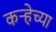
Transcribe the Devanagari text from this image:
कऱ्हेच्या